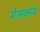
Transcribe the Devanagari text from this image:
मेलकोम